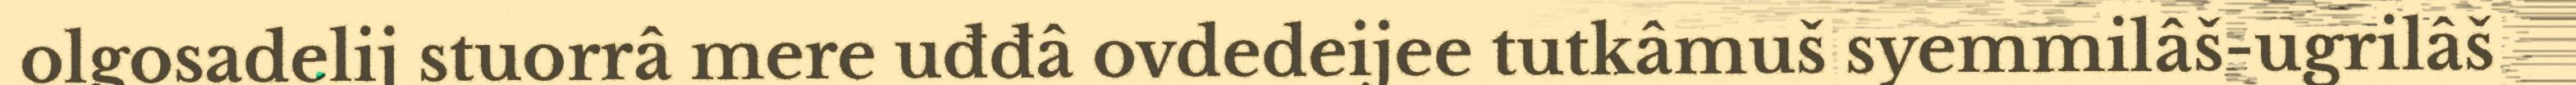
olgosadelij stuorrâ mere uđđâ ovdedeijee tutkâmuš syemmilâš-ugrilâš